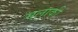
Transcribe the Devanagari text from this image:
मलाकी